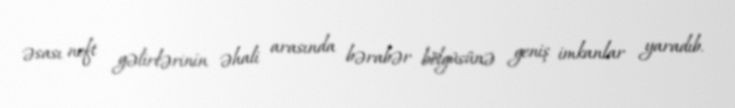
əsası neft gəlirlərinin əhali arasında bərabər bölgüsünə geniş imkanlar yaradıb.